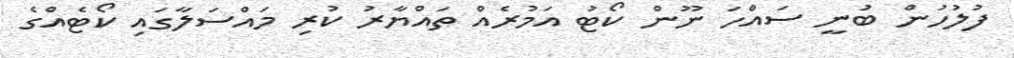
ފުލުހުން ބުނީ ސައްހަ ނޫން ކޯޓު އަމުރެއް ތައްޔާރު ކުރި މައްސަލާގައި ކޯޓެއްގެ